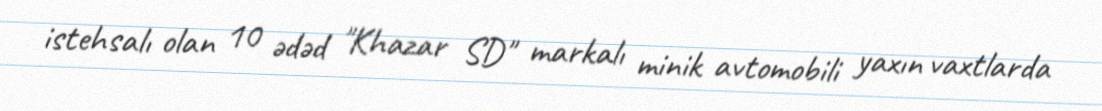
istehsalı olan 10 ədəd "Khazar SD" markalı minik avtomobili yaxın vaxtlarda